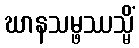
ဃာနသမ္ဖဿသ္မိံ